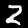
Digit: 2